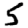
Digit: 5